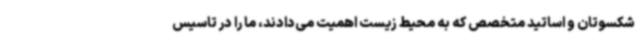
شکسوتان و اساتید متخصص که به محیط زیست اهمیت می‌دادند، ما را در تاسیس